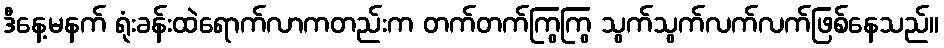
ဒီနေ့မနက် ရုံးခန်းထဲရောက်လာကတည်းက တက်တက်ကြွကြွ သွက်သွက်လက်လက်ဖြစ်နေသည်။